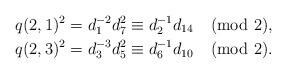
LaTeX: \begin{align*}q(2,1)^2&=d_1^{-2}d_7^2\equiv d_2^{-1}d_{14}\pmod2,\\ q(2,3)^2&=d_3^{-3}d_5^2\equiv d_6^{-1}d_{10}\pmod2.\end{align*}